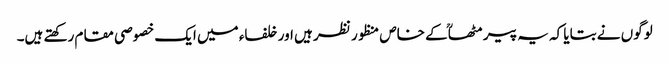
لوگوں نے بتایا کہ یہ پیر مٹھاؒ کے خاص منظور نظر ہیں اور خلفاء میں ایک خصوصی مقام رکھتے ہیں۔